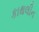
કાથલીન